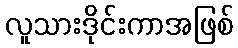
လူသားဒိုင်းကာအဖြစ်